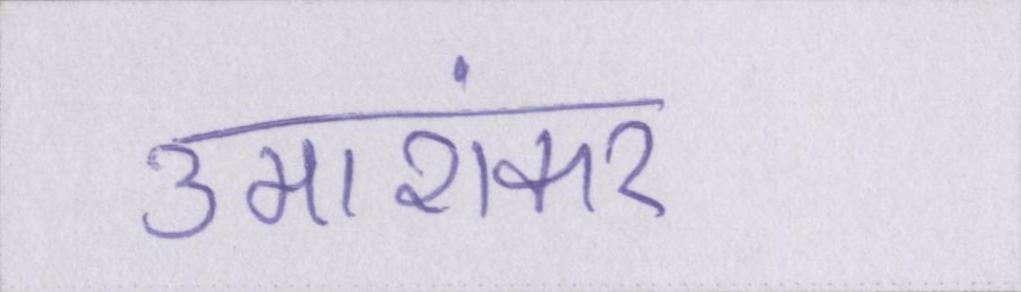
उमाशंकर